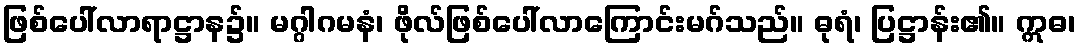
ဖြစ်ပေါ်လာရာဋ္ဌာန၌။ မဂ္ဂါဂမနံ၊ ဖိုလ်ဖြစ်ပေါ်လာကြောင်းမဂ်သည်။ ဓုရံ၊ ပြဋ္ဌာန်း၏။ ဣဓ၊